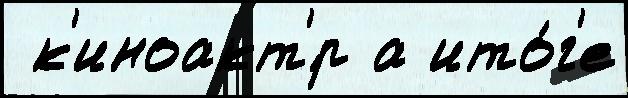
 к'иноакт'́р а ито́г'е